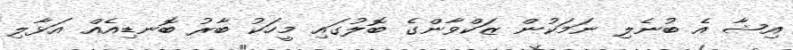
އިޝާ އެ ބުނެލި ނަމަކުން ޒަކްވާންގެ ބޮލުގައި މީހަކު ބާރު ބޮނޑިއެއް އަޅާލި